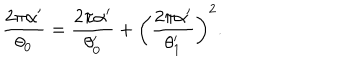
LaTeX: \frac { 2 \pi \alpha ^ { \prime } } { \theta _ { 0 } } = \frac { 2 \pi \alpha ^ { \prime } } { \theta _ { 0 } ^ { \prime } } + \biggl ( \frac { 2 \pi \alpha ^ { \prime } } { \theta _ { 1 } ^ { \prime } } \biggr ) ^ { 2 } .